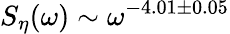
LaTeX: S_{\eta}(\omega)\sim\omega^{-4.01\pm 0.05}